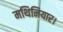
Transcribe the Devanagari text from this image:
मथिनियार।